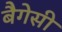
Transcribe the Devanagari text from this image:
बैगेसी